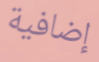
إضافية